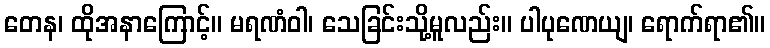
တေန၊ ထိုအနာကြောင့်။ မရဏံဝါ၊ သေခြင်းသို့မူလည်း။ ပါပုဏေယျ၊ ရောက်ရာ၏။